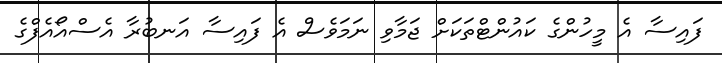
ފައިސާ އެ މީހުންގެ ކައުންޓްތަކަށް ޖަމާވި ނަމަވެސް އެ ފައިސާ އަނބުރާ އެސްއޯއެފްގެ